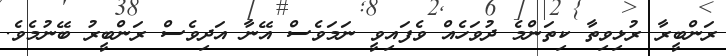
ރަންބީރާ ރުޅިވިތާ ކިތަންމެ ދުވަހެއް ވެފައިވީ ނަމަވެސް އޭނާ އަދިވެސް ރަންބީރު ބޭނުމެވެ.